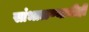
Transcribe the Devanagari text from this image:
सांभाळण्याचीही